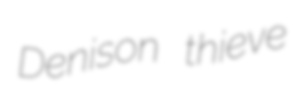
Denison thieve